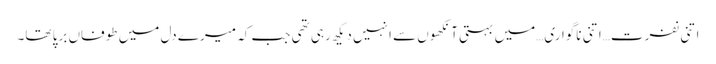
اتنی نفرت…اتنی ناگواری…میں بہتی آنکھوں سے انہیں دیکھ رہی تھی جب کہ میرے دل میں طوفاں برپا تھا۔